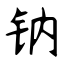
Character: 钠